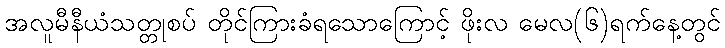
အလူမီနီယံသတ္တုစပ် တိုင်ကြားခံရသောကြောင့် ဖိုးလ မေလ(၆)ရက်နေ့တွင်